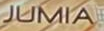
JUMIA